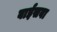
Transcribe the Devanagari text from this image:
बाईसवा